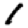
Digit: 1